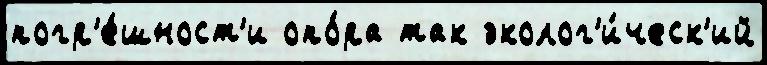
погр'е́шност'и опо́ра так эколог'и́ческ'ий